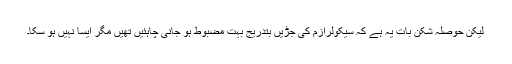
لیکن حوصلہ شکن بات یہ ہے کہ سیکولرازم کی جڑیں بتدریج بہت مضبوط ہو جانی چاہئیں تھیں مگر ایسا نہیں ہو سکا۔